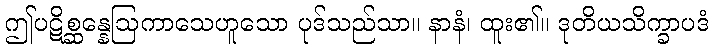
ဤပဋိစ္ဆန္နေဩကာသေဟူသော ပုဒ်သည်သာ။ နာနံ၊ ထူး၏။ ဒုတိယသိက္ခာပဒံ